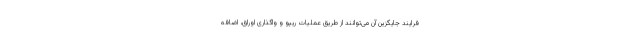
فرایند جایگزین آن می‌توانند از طریق عملیات ریپو و واگذاری اوراق، اضافه